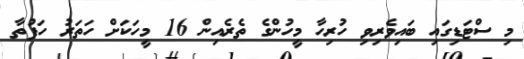
މި ސްޓަޑިގައި ބައިވެރިވި ހުރިހާ މީހުންގެ ތެރެއިން 16 މީހަކަށް ހަތަރު ހަފުތާ